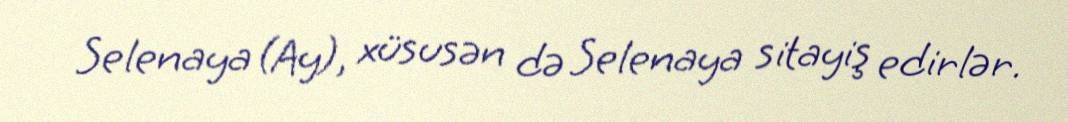
Selenaya (Ay), xüsusən də Selenaya sitayiş edirlər.